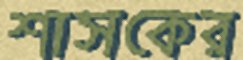
শাসকের